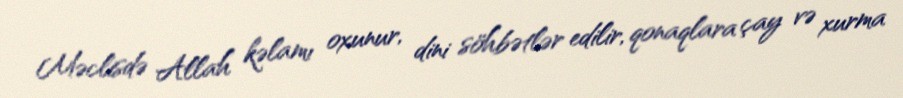
Məclisdə Allah kəlamı oxunur, dini söhbətlər edilir, qonaqlara çay və xurma